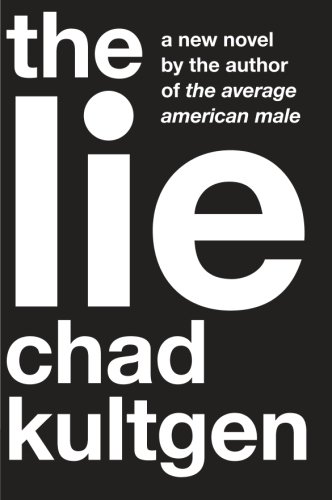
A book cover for The Lie: A Novel; Chad Kultgen; Literature & Fiction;